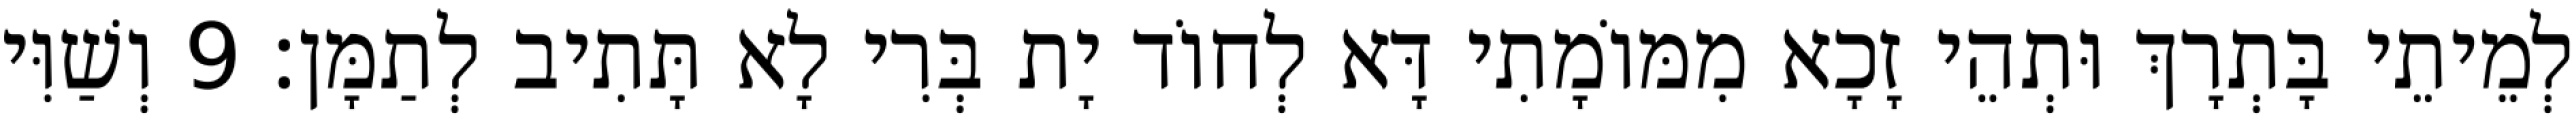
לְמֵיתֵי בָּתְרָךְ וּתְהֵי זָכָא מִמּוֹמָתִי דָּא לְחוֹד יָת בְּרִי לָא תָּתִיב לְתַמָּן׃ 9 וְשַׁוִּי